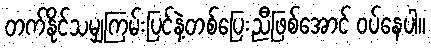
တက်နိုင်သမျှကြမ်းပြင်နဲ့တစ်ပြေးညီဖြစ်အောင် ဝပ်နေပါ။